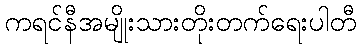
ကရင်နီအမျိုးသားတိုးတက်ရေးပါတီ